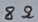
Text: 8Ω